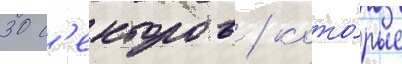
30 с'екторов / кото́рые